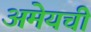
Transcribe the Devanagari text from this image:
अमेयची